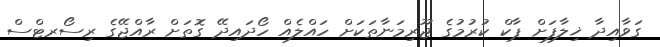
ގަވާއިދާ ޚިލާފަށް ޕާކް ކުރުމުގެ ޖޫރިމަނާތަކަށް ހައްލެއް ހޯދައިދޭ ގޮތަށް ރާއްޖޭގެ ރިސޯރޓްސް